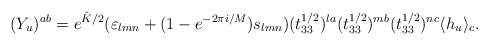
\begin{align*}(Y_{u})^{ab}=e^{\hat{K}/2}(\varepsilon_{lmn}+(1-e^{-2\pi i/M})s_{lmn})(t_{33}^{1/2})^{la}(t_{33}^{1/2})^{mb}(t_{33}^{1/2})^{nc}\langle h_{u}\rangle_{c}.\end{align*}